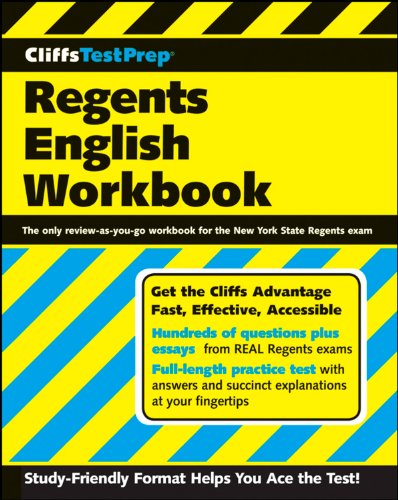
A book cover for CliffsTestPrep Regents English Workbook; American BookWorks Corporation; Test Preparation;